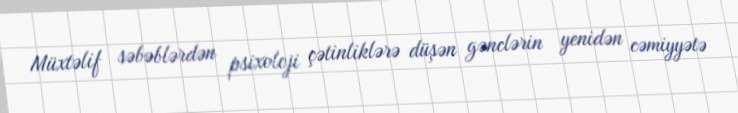
Müxtəlif səbəblərdən psixoloji çətinliklərə düşən gənclərin yenidən cəmiyyətə